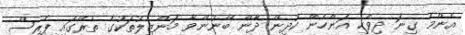
އެންމެ ގިނަ ދިވެހި އަންހެން ކުދިން ދާން ބޭނުންވާ މަންޒިލުތަކުގެ ތެރޭގައި ޕެރިސް